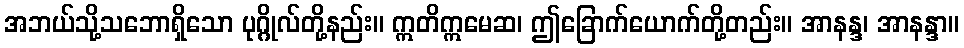
အဘယ်သို့သဘောရှိသော ပုဂ္ဂိုလ်တို့နည်း။ ဣတိဣမေဆ၊ ဤခြောက်ယောက်တို့တည်း။ အာနန္ဒ၊ အာနန္ဒာ။